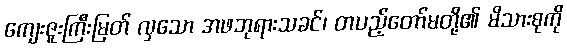
ကျေးဇူးကြီးမြတ် လှသော အဖဘုရားသခင်၊ တပည့်တော်မတို့၏ မိသားစုကို